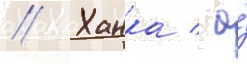
// Ханка / а́